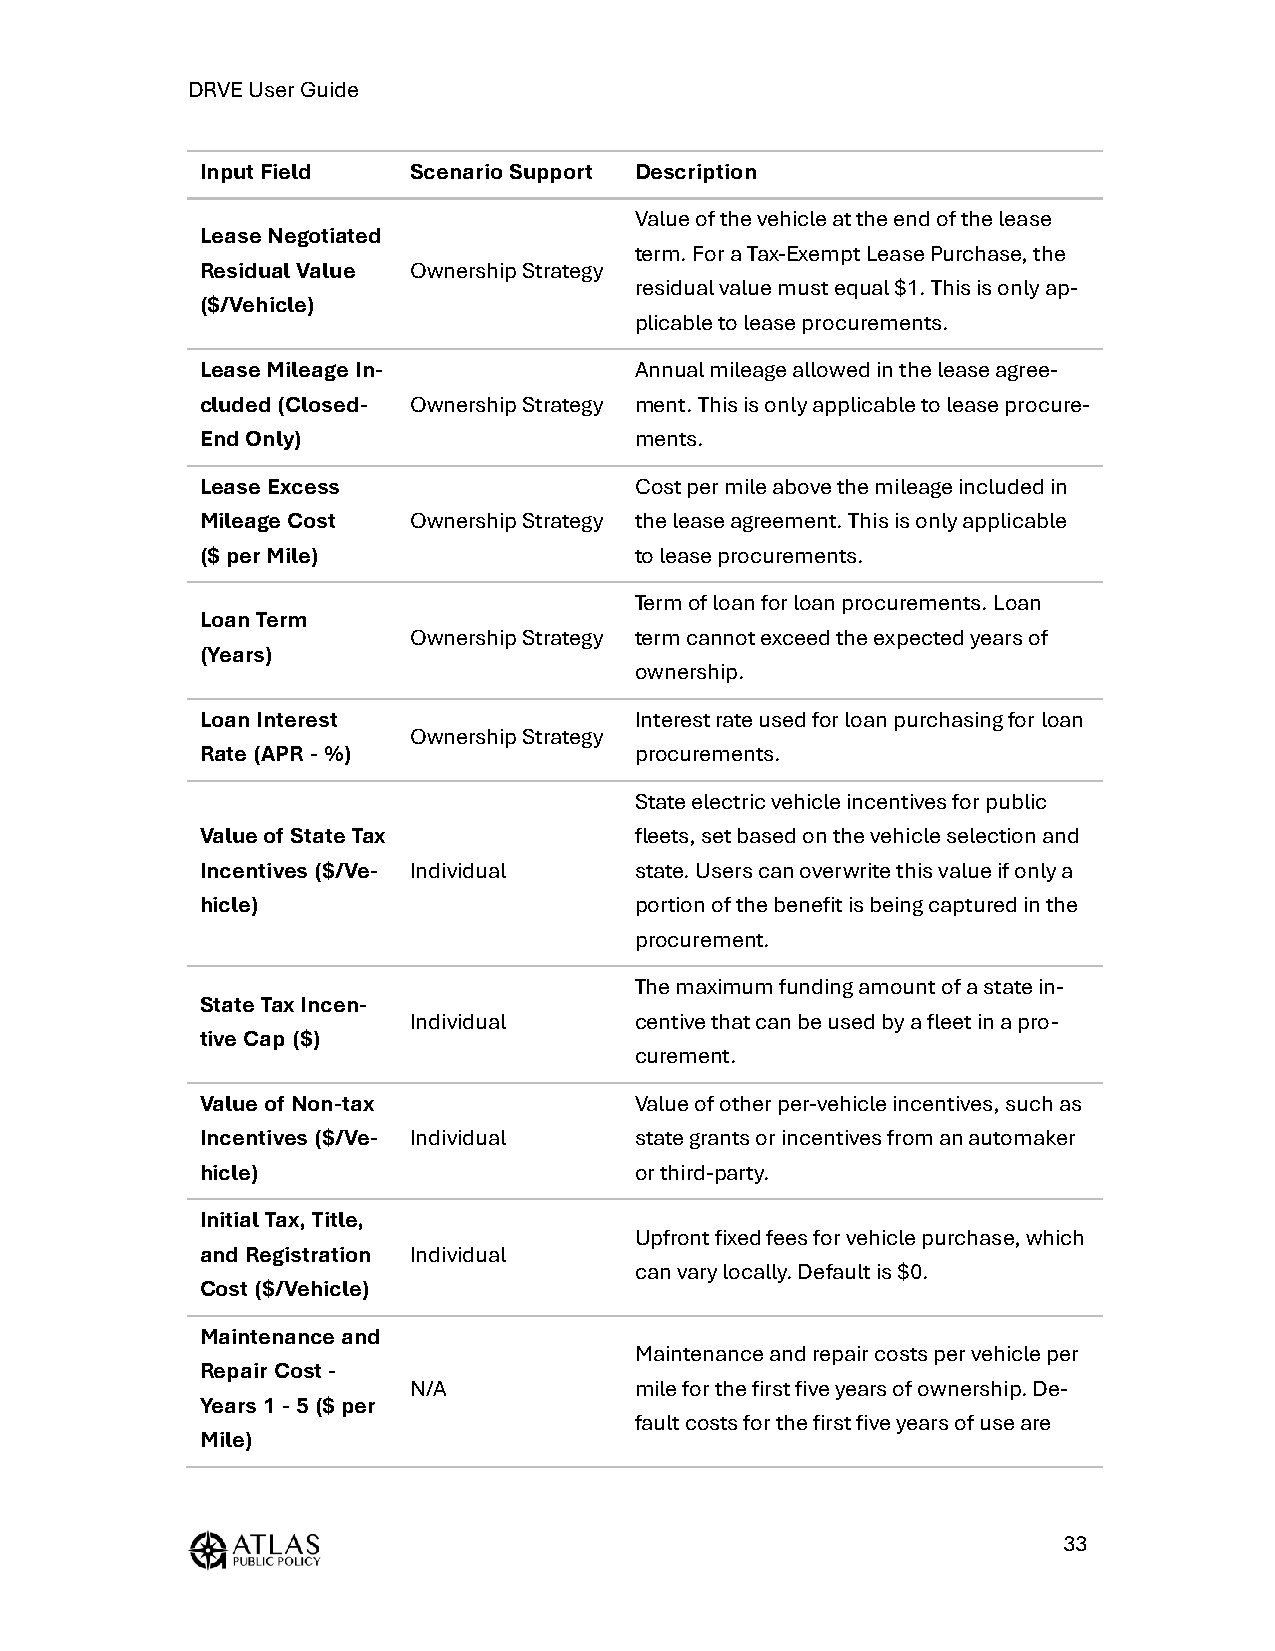
DRVE User Guide
 Input Field   Scenario Support Description
 Value of the vehicle at the end of the lease
 Lease Negotiated
 term. For a Tax-Exempt Lease Purchase, the
 Residual Value Ownership Strategy
 residual value must equal $1. This is only ap-
 ($/Vehicle)
 plicable to lease procurements.
 Lease Mileage In-            Annual mileage allowed in the lease agree-
 cluded (Closed- Ownership Strategy ment. This is only applicable to lease procure-
 End Only)                    ments.
 Lease Excess                 Cost per mile above the mileage included in
 Mileage Cost  Ownership Strategy the lease agreement. This is only applicable
 ($ per Mile)                 to lease procurements.
 Term of loan for loan procurements. Loan
 Loan Term
 Ownership Strategy term cannot exceed the expected years of
 (Years)
 ownership.
 Loan Interest                Interest rate used for loan purchasing for loan
 Ownership Strategy
 Rate (APR - %)               procurements.
 State electric vehicle incentives for public
 Value of State Tax           fleets, set based on the vehicle selection and
 Incentives ($/Ve- Individual state. Users can overwrite this value if only a
 hicle)                       portion of the benefit is being captured in the
 procurement.
 The maximum funding amount of a state in-
 State Tax Incen-
 Individual     centive that can be used by a fleet in a pro-
 tive Cap ($)
 curement.
 Value of Non-tax             Value of other per-vehicle incentives, such as
 Incentives ($/Ve- Individual state grants or incentives from an automaker
 hicle)                       or third-party.
 Initial Tax, Title,
 Upfront fixed fees for vehicle purchase, which
 and Registration Individual
 can vary locally. Default is $0.
 Cost ($/Vehicle)
 Maintenance and
 Maintenance and repair costs per vehicle per
 Repair Cost -
 N/A            mile for the first five years of ownership. De-
 Years 1 - 5 ($ per
 fault costs for the first five years of use are
 Mile)
 33